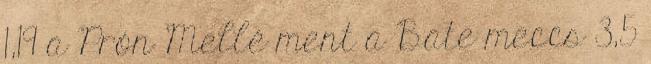
1,19 a Prón Mellé ment a Bate meccs 3,5